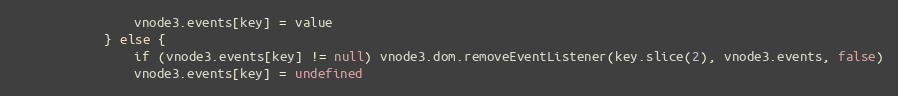
Language: JavaScript
				vnode3.events[key] = value
			} else {
				if (vnode3.events[key] != null) vnode3.dom.removeEventListener(key.slice(2), vnode3.events, false)
				vnode3.events[key] = undefined